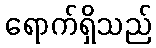
ရောက်ရှိသည်